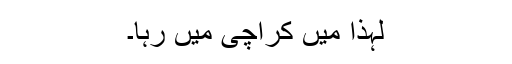
لہٰذا میں کراچی میں رہا۔